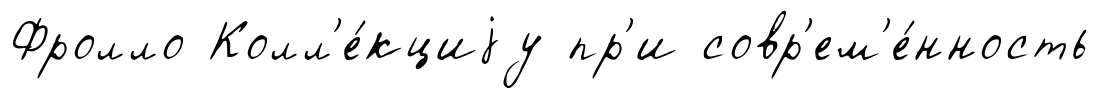
Фролло Колл'е́кциjу пр'и совр'ем'е́нность